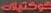
كوكتيلات